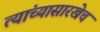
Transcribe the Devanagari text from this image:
त्यांच्यासारखेच